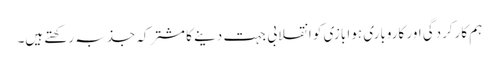
ہم کارکردگی اور کاروباری ہوا بازی کو انقلابی جہت دینے کا مشترکہ جذبہ رکھتے ہیں۔